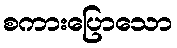
စကားပြောသော